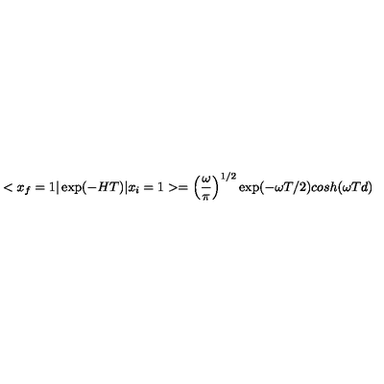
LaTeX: < x _ { f } = 1 \vert \exp ( - H T ) \vert x _ { i } = 1 > = \left( { \frac { \omega } { \pi } } \right) ^ { 1 / 2 } \exp ( - \omega T / 2 ) c o s h ( \omega T d )